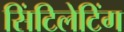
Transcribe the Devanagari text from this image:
सिंटिलेटिंग